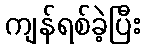
ကျန်ရစ်ခဲ့ပြီး